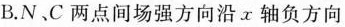
B.N、C两点间场强方向沿x轴负方向